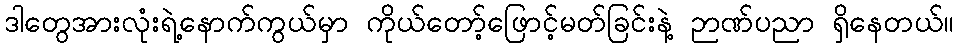
ဒါတွေအားလုံးရဲ့နောက်ကွယ်မှာ ကိုယ်တော့်ဖြောင့်မတ်ခြင်းနဲ့ ဉာဏ်ပညာ ရှိနေတယ်။